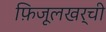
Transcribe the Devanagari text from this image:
फ़िजूलखर्ची